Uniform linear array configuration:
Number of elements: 32
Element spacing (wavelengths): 1
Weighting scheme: hann
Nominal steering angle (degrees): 30
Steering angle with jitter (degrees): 31.35
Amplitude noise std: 0.05
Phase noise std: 0.05

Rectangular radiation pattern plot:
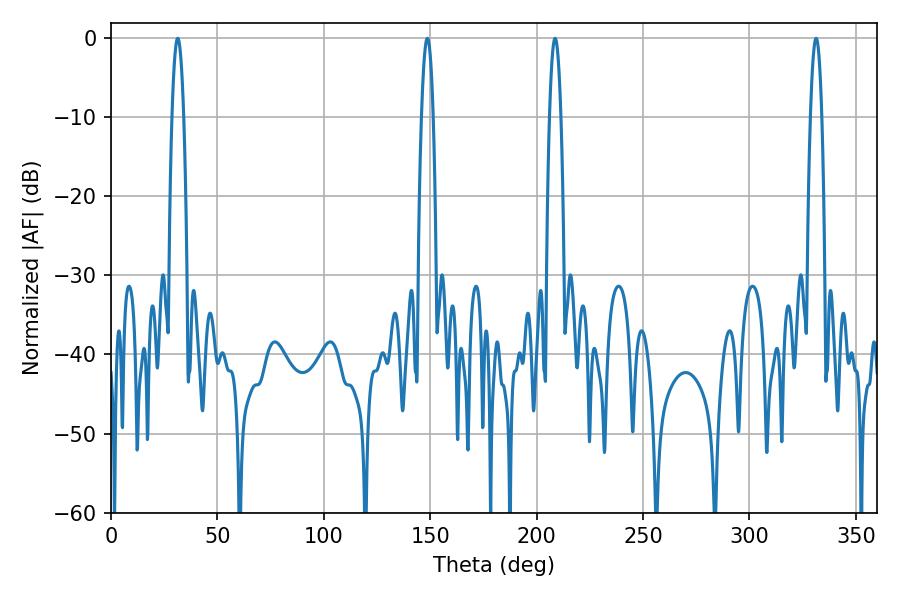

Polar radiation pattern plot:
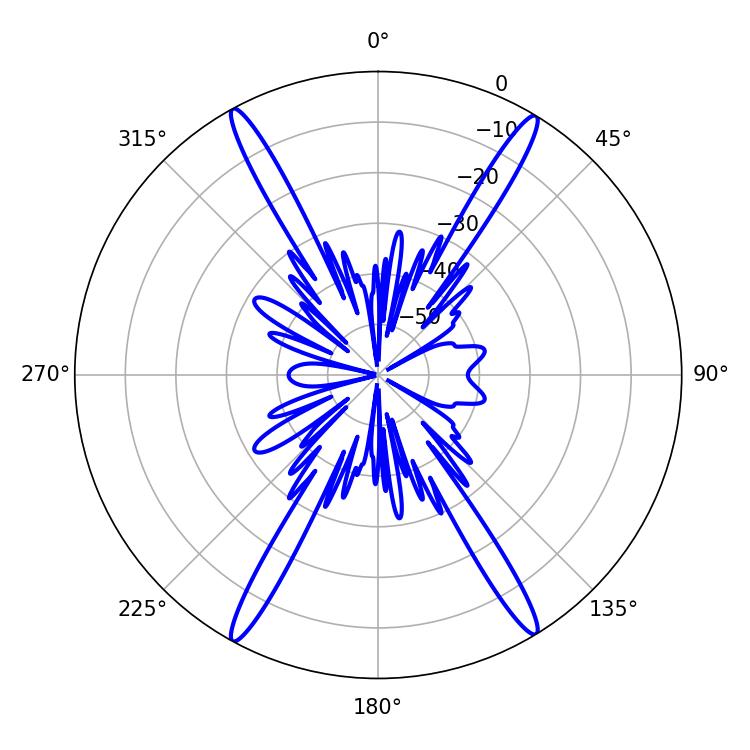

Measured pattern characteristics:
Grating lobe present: TRUE
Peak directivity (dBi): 25.2
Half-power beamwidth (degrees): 3.06
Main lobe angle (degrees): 31.32